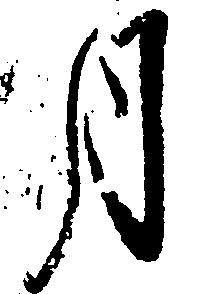
月